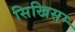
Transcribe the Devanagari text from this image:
सिखिसम्‍